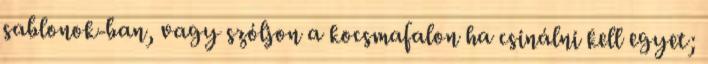
sablonok-ban, vagy szóljon a kocsmafalon ha csinálni kell egyet;